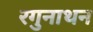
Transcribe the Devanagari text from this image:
रगुनाथन